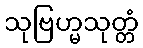
သုဗြဟ္မသုတ္တံ